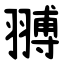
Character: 䎔